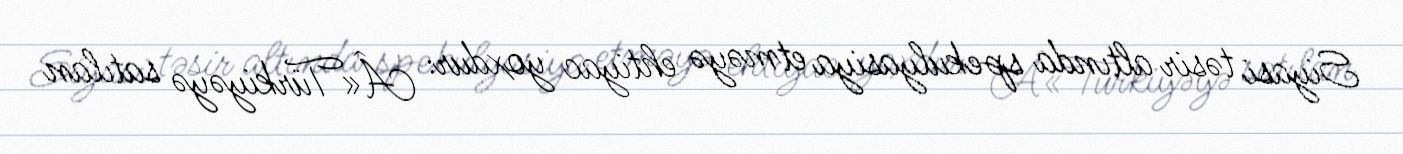
Siyasi təsir altında spekulyasiya etməyə ehtiyac yoxdur: Â«Türkiyəyə satılan